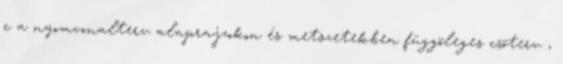
c a nyomvonalterv alaprajzokon és metszetekben függõleges csõterv ,